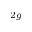
_ { 2 g }